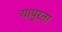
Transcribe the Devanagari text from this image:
यापुरता